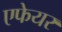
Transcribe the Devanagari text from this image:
एफेयर